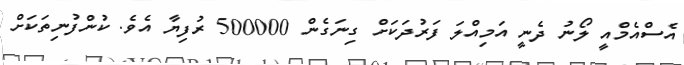
އެސްއެމްއީ ލޯނު ދެނީ އަމިއްލަ ފަރުދަކަށް ގިނަގެން 500000 ރުފިޔާ އެވެ. ކުންފުނިތަކަށް